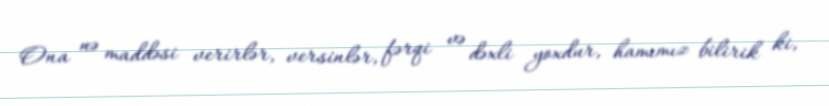
Ona nə maddəsi verirlər, versinlər, fərqi və dəxli yoxdur, hamımız bilirik ki,